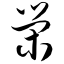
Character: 荣